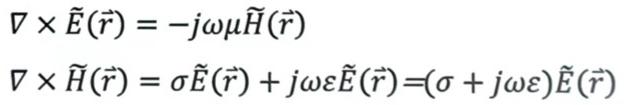
\begin{align*}
\nabla\times\widetilde{\boldsymbol{E}}(\widetilde{\boldsymbol{r}})&=-j\omega\mu\widetilde{\boldsymbol{H}}(\widetilde{\boldsymbol{r}})\\
\nabla\times\widetilde{\boldsymbol{H}}(\widetilde{\boldsymbol{r}})&=\sigma\widetilde{\boldsymbol{E}}(\widetilde{\boldsymbol{r}})+j\omega\varepsilon\widetilde{\boldsymbol{E}}(\widetilde{\boldsymbol{r}})=(\sigma + j\omega\varepsilon)\widetilde{\boldsymbol{E}}(\widetilde{\boldsymbol{r}})
\end{align*}